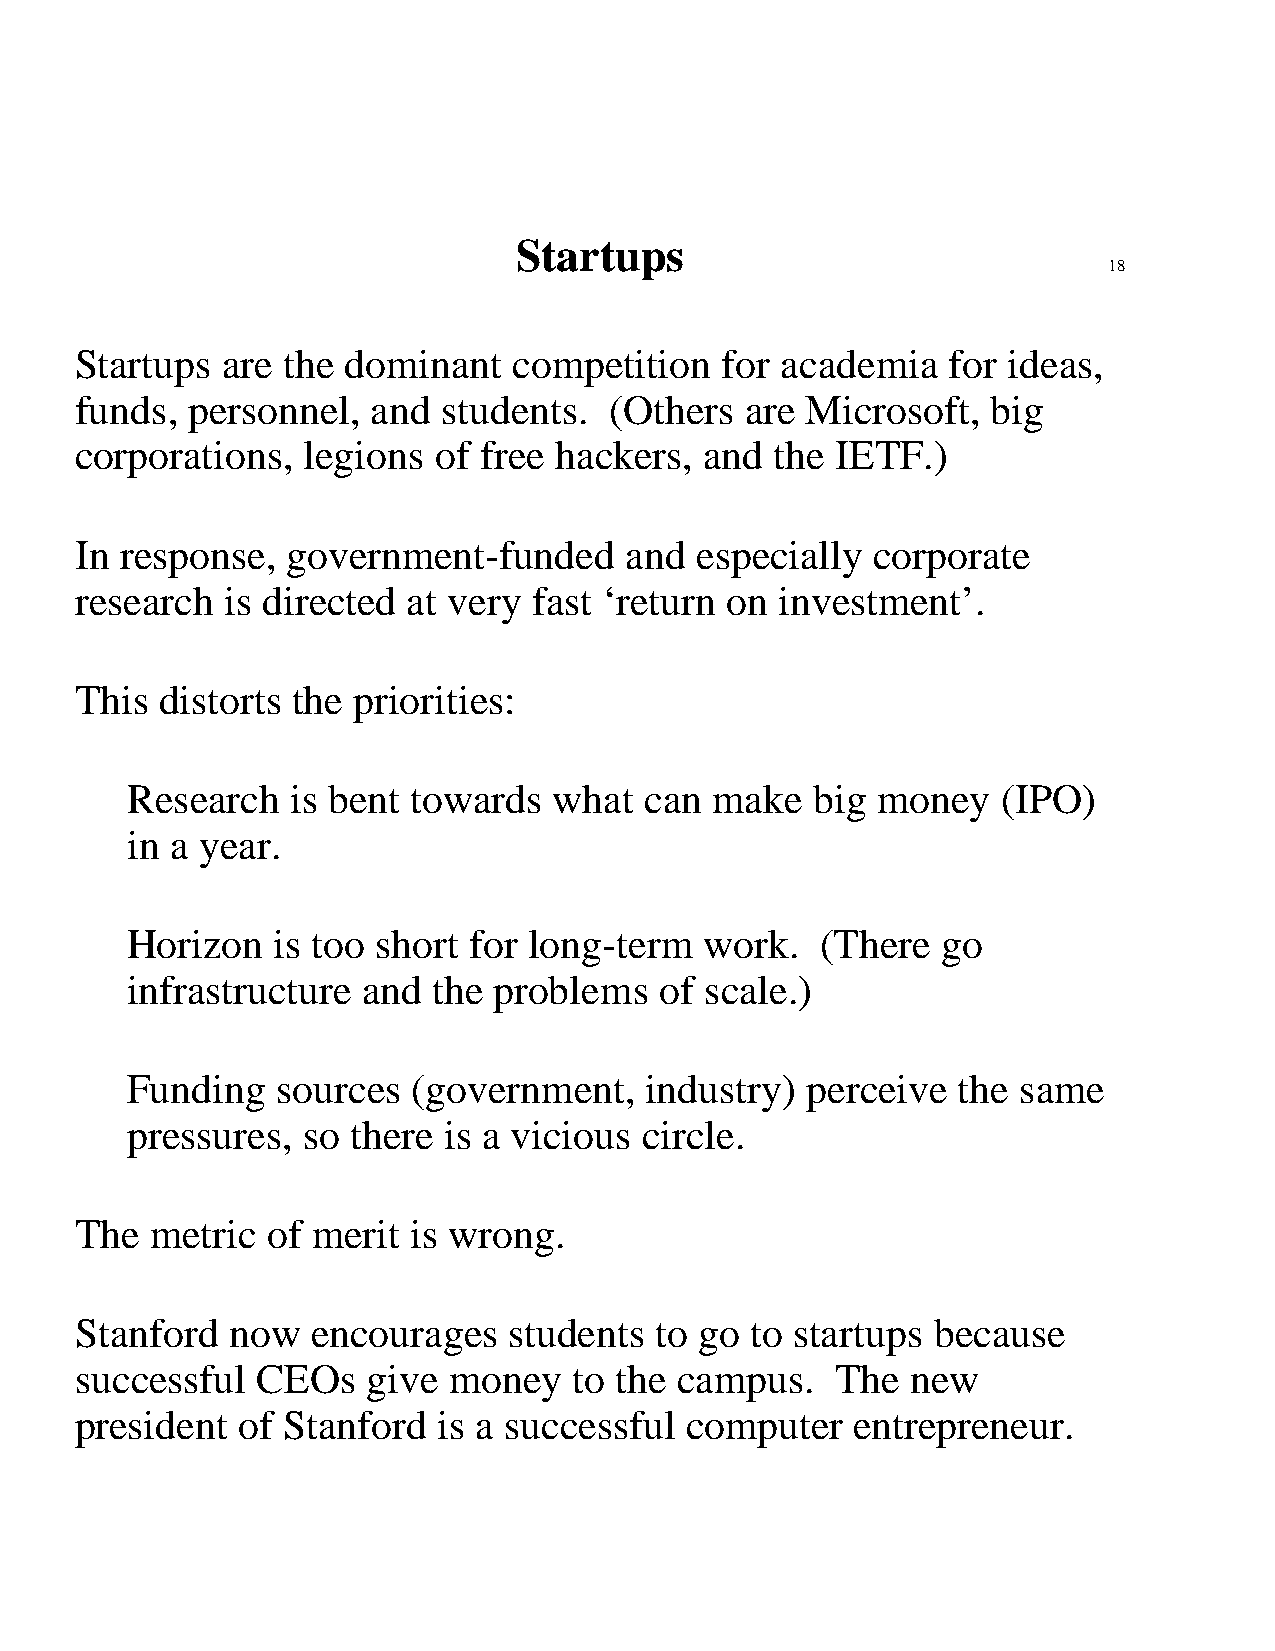
Startups
 18
 Startups  are the dominant   competition   for academia   for ideas,
 funds, personnel,   and students.  (Others  are Microsoft,   big
 corporations,  legions  of free hackers,  and the IETF.)
 In response,  government-funded     and  especially  corporate
 research  is directed at very fast ‘return on  investment’.
 This  distorts the priorities:
 Research   is bent towards   what  can make   big money   (IPO)
 in a year.
 Horizon   is too short for long-term   work.  (There  go
 infrastructure  and  the problems   of scale.)
 Funding   sources  (government,    industry) perceive  the same
 pressures,  so there is a vicious  circle.
 The  metric  of merit is wrong.
 Stanford  now   encourages   students to go  to startups because
 successful  CEOs   give  money   to the campus.   The  new
 president  of Stanford  is a successful computer    entrepreneur.